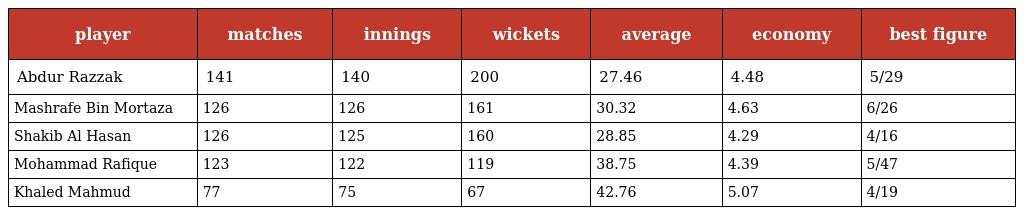
| player | matches | innings | wickets | average | economy | best figure |
 | --- | --- | --- | --- | --- | --- | --- |
 | Abdur Razzak | 141 | 140 | 200 | 27.46 | 4.48 | 5/29 |
 | Mashrafe Bin Mortaza | 126 | 126 | 161 | 30.32 | 4.63 | 6/26 |
 | Shakib Al Hasan | 126 | 125 | 160 | 28.85 | 4.29 | 4/16 |
 | Mohammad Rafique | 123 | 122 | 119 | 38.75 | 4.39 | 5/47 |
 | Khaled Mahmud | 77 | 75 | 67 | 42.76 | 5.07 | 4/19 |